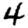
Digit: 4